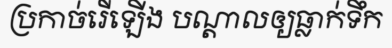
ប្រកាច់រើឡើង បណ្តាលឲ្យធ្លាក់ទឹក